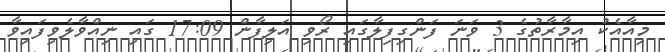
މިއާއެކު އިމާރާތުގެ 3 ވަނަ ފަންގިފިލާގައި ރޯވި އަލިފާން 17:09 ގައި ނިއްވާލެވިފައިވާ